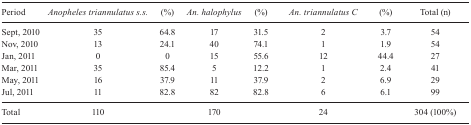
<table><thead><tr><td><b>Period</b></td><td><b><i>Anopheles triannulatus s.s.</i></b></td><td><b>(%)</b></td><td><b><i>An. halophylus</i></b></td><td><b>(%)</b></td><td><b><i>An. triannulatus C</i></b></td><td><b>(%)</b></td><td><b>Total (n)</b></td></tr></thead><tbody><tr><td>Sept, 2010</td><td>35</td><td>64.8</td><td>17</td><td>31.5</td><td>2</td><td>3.7</td><td>54</td></tr><tr><td>Nov, 2010</td><td>13</td><td>24.1</td><td>40</td><td>74.1</td><td>1</td><td>1.9</td><td>54</td></tr><tr><td>Jan, 2011</td><td>0</td><td>0</td><td>15</td><td>55.6</td><td>12</td><td>44.4</td><td>27</td></tr><tr><td>Mar, 2011</td><td>35</td><td>85.4</td><td>5</td><td>12.2</td><td>1</td><td>2.4</td><td>41</td></tr><tr><td>May, 2011</td><td>16</td><td>37.9</td><td>11</td><td>37.9</td><td>2</td><td>6.9</td><td>29</td></tr><tr><td>Jul, 2011</td><td>11</td><td>82.8</td><td>82</td><td>82.8</td><td>6</td><td>6.1</td><td>99</td></tr><tr><td>Total</td><td>110</td><td></td><td>170</td><td></td><td>24</td><td></td><td>304 (100%)</td></tr></tbody></table>